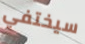
سيختفي